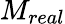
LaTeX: M_{real}